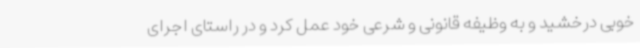
خوبی درخشید و به وظیفه قانونی و شرعی خود عمل کرد و در راستای اجرای